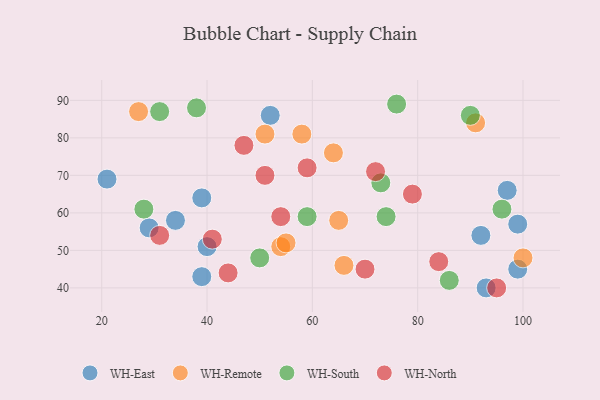
{"axis": {"x": "GDP", "y": "Life Expectancy"}, "legend": ["WH-East", "WH-North", "WH-Remote", "WH-South"], "data": [{"x": "93", "y": 40, "type": "WH-East"}, {"x": "99", "y": 45, "type": "WH-East"}, {"x": "92", "y": 54, "type": "WH-East"}, {"x": "39", "y": 43, "type": "WH-East"}, {"x": "39", "y": 64, "type": "WH-East"}, {"x": "99", "y": 57, "type": "WH-East"}, {"x": "34", "y": 58, "type": "WH-East"}, {"x": "40", "y": 51, "type": "WH-East"}, {"x": "29", "y": 56, "type": "WH-East"}, {"x": "52", "y": 86, "type": "WH-East"}, {"x": "97", "y": 66, "type": "WH-East"}, {"x": "21", "y": 69, "type": "WH-East"}, {"x": "54", "y": 51, "type": "WH-Remote"}, {"x": "55", "y": 52, "type": "WH-Remote"}, {"x": "58", "y": 81, "type": "WH-Remote"}, {"x": "51", "y": 81, "type": "WH-Remote"}, {"x": "27", "y": 87, "type": "WH-Remote"}, {"x": "66", "y": 46, "type": "WH-Remote"}, {"x": "91", "y": 84, "type": "WH-Remote"}, {"x": "64", "y": 76, "type": "WH-Remote"}, {"x": "65", "y": 58, "type": "WH-Remote"}, {"x": "100", "y": 48, "type": "WH-Remote"}, {"x": "59", "y": 59, "type": "WH-South"}, {"x": "38", "y": 88, "type": "WH-South"}, {"x": "96", "y": 61, "type": "WH-South"}, {"x": "73", "y": 68, "type": "WH-South"}, {"x": "50", "y": 48, "type": "WH-South"}, {"x": "90", "y": 86, "type": "WH-South"}, {"x": "86", "y": 42, "type": "WH-South"}, {"x": "74", "y": 59, "type": "WH-South"}, {"x": "76", "y": 89, "type": "WH-South"}, {"x": "31", "y": 87, "type": "WH-South"}, {"x": "28", "y": 61, "type": "WH-South"}, {"x": "54", "y": 59, "type": "WH-North"}, {"x": "41", "y": 53, "type": "WH-North"}, {"x": "79", "y": 65, "type": "WH-North"}, {"x": "31", "y": 54, "type": "WH-North"}, {"x": "44", "y": 44, "type": "WH-North"}, {"x": "59", "y": 72, "type": "WH-North"}, {"x": "72", "y": 71, "type": "WH-North"}, {"x": "84", "y": 47, "type": "WH-North"}, {"x": "95", "y": 40, "type": "WH-North"}, {"x": "51", "y": 70, "type": "WH-North"}, {"x": "70", "y": 45, "type": "WH-North"}, {"x": "47", "y": 78, "type": "WH-North"}]}